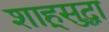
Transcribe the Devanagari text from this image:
शाहूसुद्धा